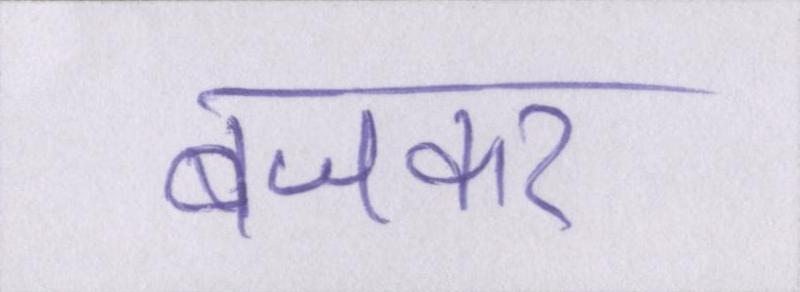
बजकर